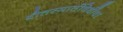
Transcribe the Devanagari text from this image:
श्रौतस्मार्तविधींचा